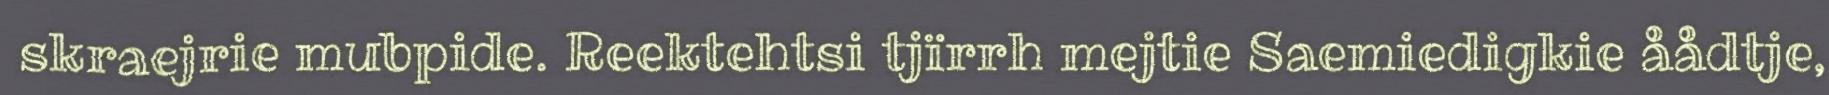
skraejrie mubpide. Reektehtsi tjïrrh mejtie Saemiedigkie åådtje,